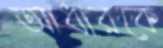
আধারকে